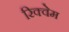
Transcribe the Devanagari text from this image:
रिक्वेम